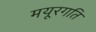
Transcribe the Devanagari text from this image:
मयूरगति